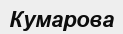
Кумарова